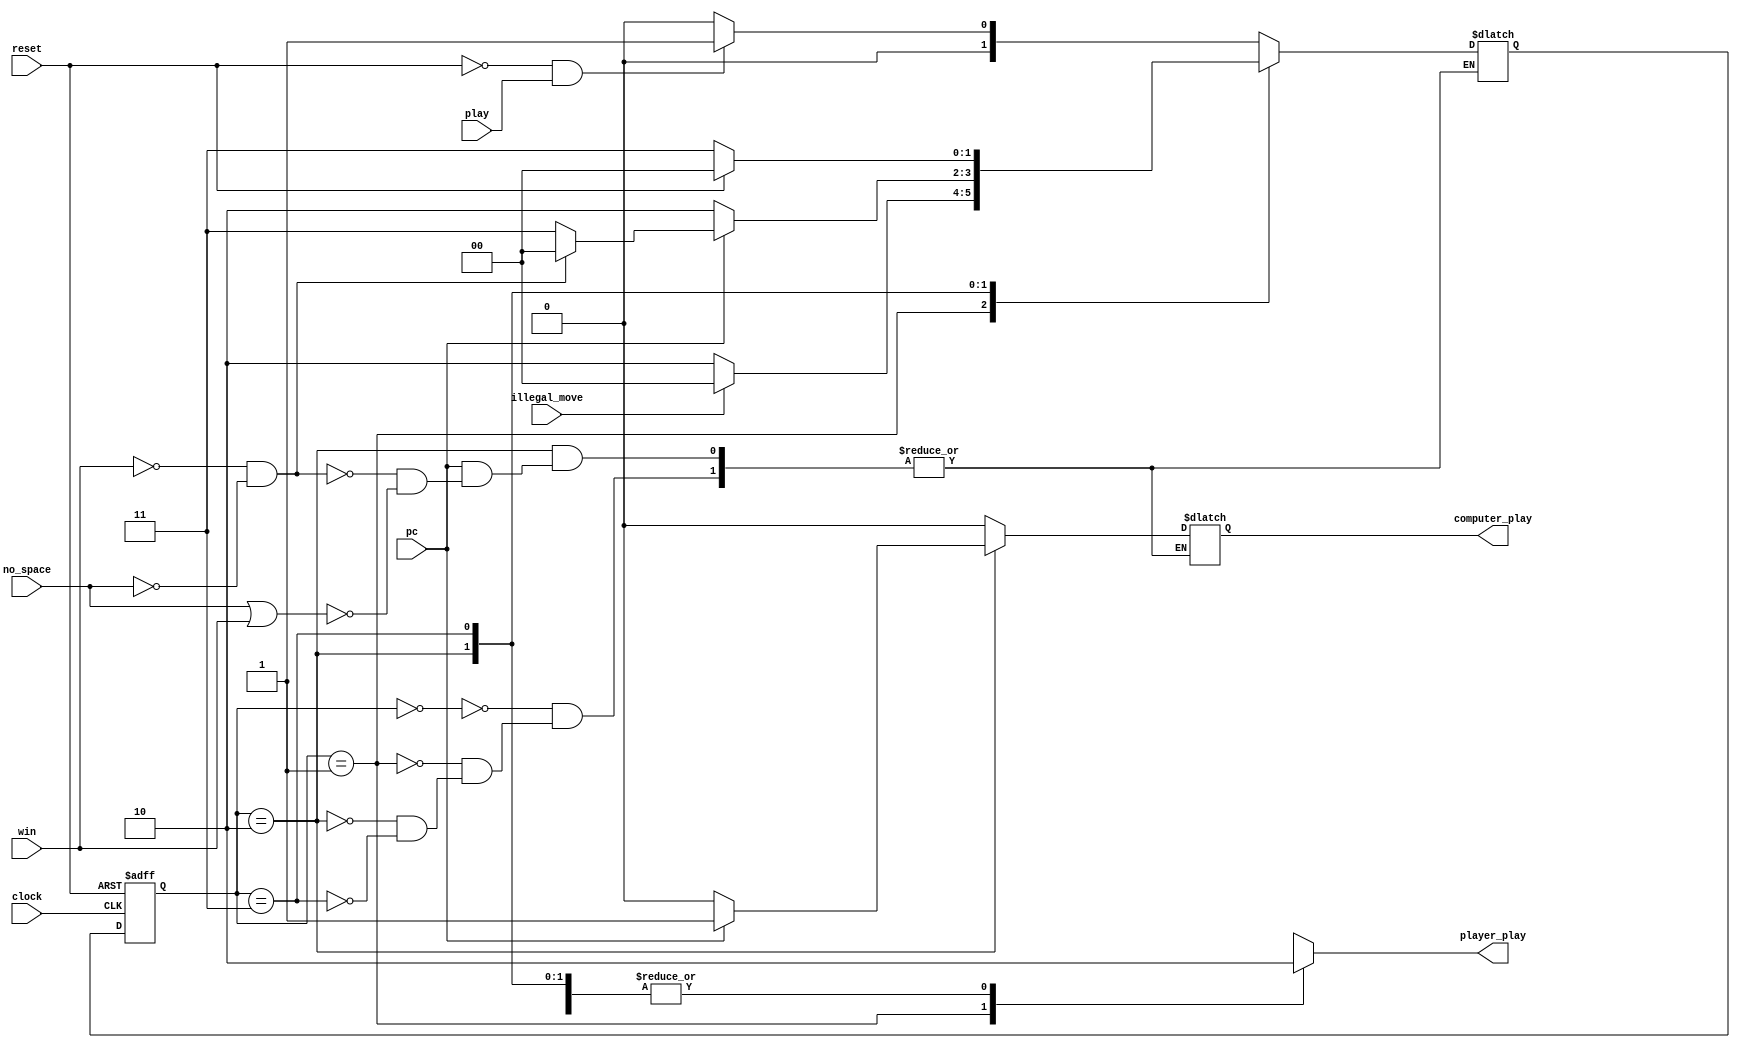
`timescale 1ns / 1ps
//////////////////////////////////////////////////////////////////////////////////
// Company: 
// Engineer: 
// 
// Design Name: 
// Module Name: fsm_controller
// Project Name: 
// Target Devices: 
// Tool Versions: 
// Description: 
// 
// Dependencies: 
// 
// Revision:
// Revision 0.01 - File Created
// Additional Comments:
// 
//////////////////////////////////////////////////////////////////////////////////


module fsm_controller(clock,reset,play,pc,illegal_move,no_space,win,computer_play,player_play);
input clock,reset,play,pc,illegal_move,no_space,win;
output reg computer_play,player_play;
parameter IDLE=2'b00;
parameter PLAYER=2'b01;
parameter COMPUTER=2'b10;
parameter GAME_DONE=2'b11;
reg [1:0] current_state,next_state;
//current state registers
always @(posedge clock or posedge reset)
begin
if(reset)
current_state<=IDLE;
else 
current_state<=next_state;
end
// next state
always @(*)
begin
case(current_state)
IDLE: begin
if(reset==1'b0 && play==1'b1)
next_state<=PLAYER;
else
next_state<=IDLE;
player_play<=1'b0;
computer_play<=1'b0;
end
PLAYER:begin
player_play<=1'b1;
computer_play<=1'b0;
if(illegal_move==1'b0)
next_state<=COMPUTER;
else
next_state<=IDLE;
end
COMPUTER:begin
player_play<=1'b0;
if(pc==1'b0) begin
next_state<=COMPUTER;
computer_play<=1'b0;
end
else if(win==1'b0 && no_space==1'b0)
begin
next_state<=IDLE;
computer_play<=1'b1;
end
else if(no_space==1 || win==1'b1)
begin
next_state<=GAME_DONE;
computer_play<=1'b1; 
end
end
GAME_DONE:begin
player_play<=1'b0;
computer_play<=1'b0;
if(reset==1'b1)
next_state<=IDLE;
else
next_state<=GAME_DONE;
end
default:next_state<=IDLE;
endcase
end
endmodule